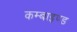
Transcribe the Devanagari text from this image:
कम्बाइण्ड